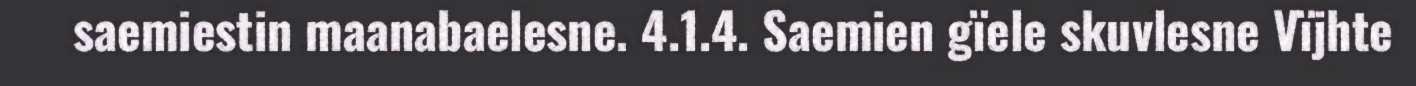
saemiestin maanabaelesne. 4.1.4. Saemien gïele skuvlesne Vïjhte